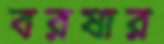
বরষার